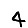
Digit: 4